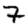
Digit: 7